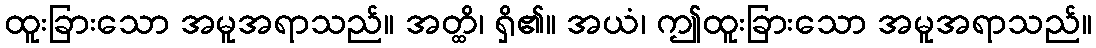
ထူးခြားသော အမူအရာသည်။ အတ္ထိ၊ ရှိ၏။ အယံ၊ ဤထူးခြားသော အမူအရာသည်။